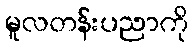
မူလတန်းပညာကို